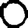
Digit: 0